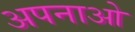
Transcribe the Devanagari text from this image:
अपनाओ